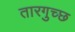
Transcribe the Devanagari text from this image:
तारगुच्छ